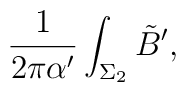
{{1}\over{2\pi\alpha'}} \int_{\Sigma_2}\tilde B',